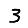
Digit: 3